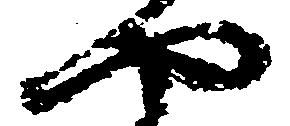
や